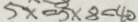
5 x = 5 \times 8 = 4 0